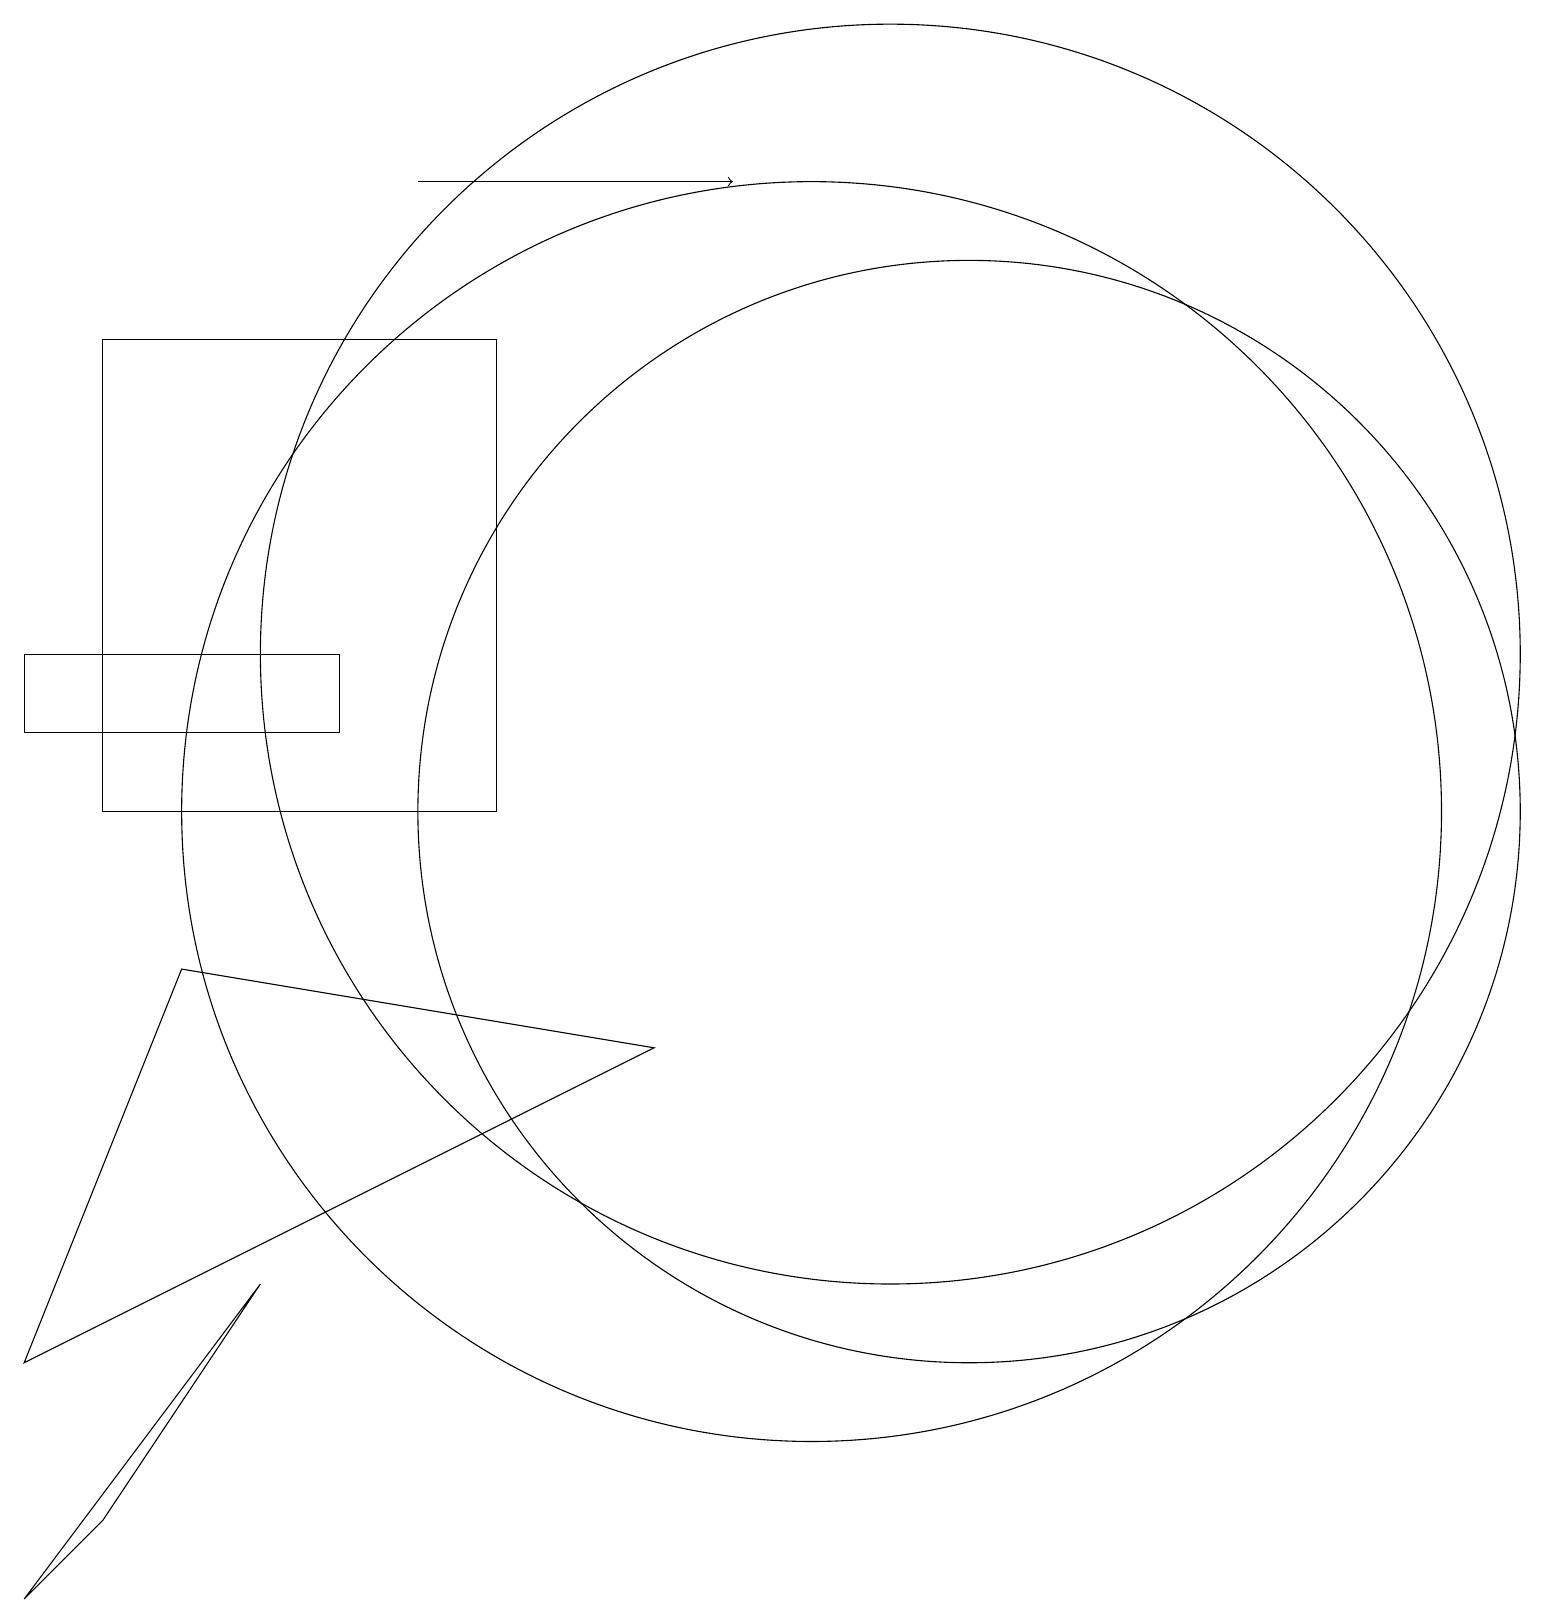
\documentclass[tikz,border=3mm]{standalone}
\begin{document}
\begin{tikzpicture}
\draw (8,7) -- (0,3) -- (2,8) -- cycle;
\draw (3,4) -- (1,1) -- (0,0) -- cycle;
\draw (10,10) circle (8);
\draw (0,12) rectangle (4,11);
\draw[->] (5,18) -- (9,18);
\draw (6,16) rectangle (1,10);
\draw (11,12) circle (8);
\draw (12,10) circle (7);
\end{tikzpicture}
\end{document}